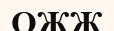
ОЖЖ